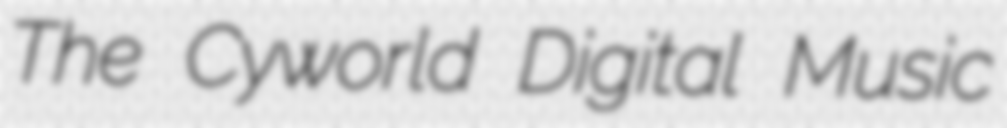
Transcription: The Cyworld Digital Music